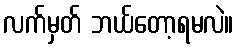
လက်မှတ် ဘယ်တော့ရမလဲ။